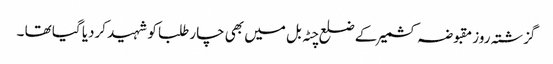
گزشتہ روز مقبوضہ کشمیر کے ضلع چٹہ بل میں بھی چار طلبا کو شہید کردیا گیا تھا ۔